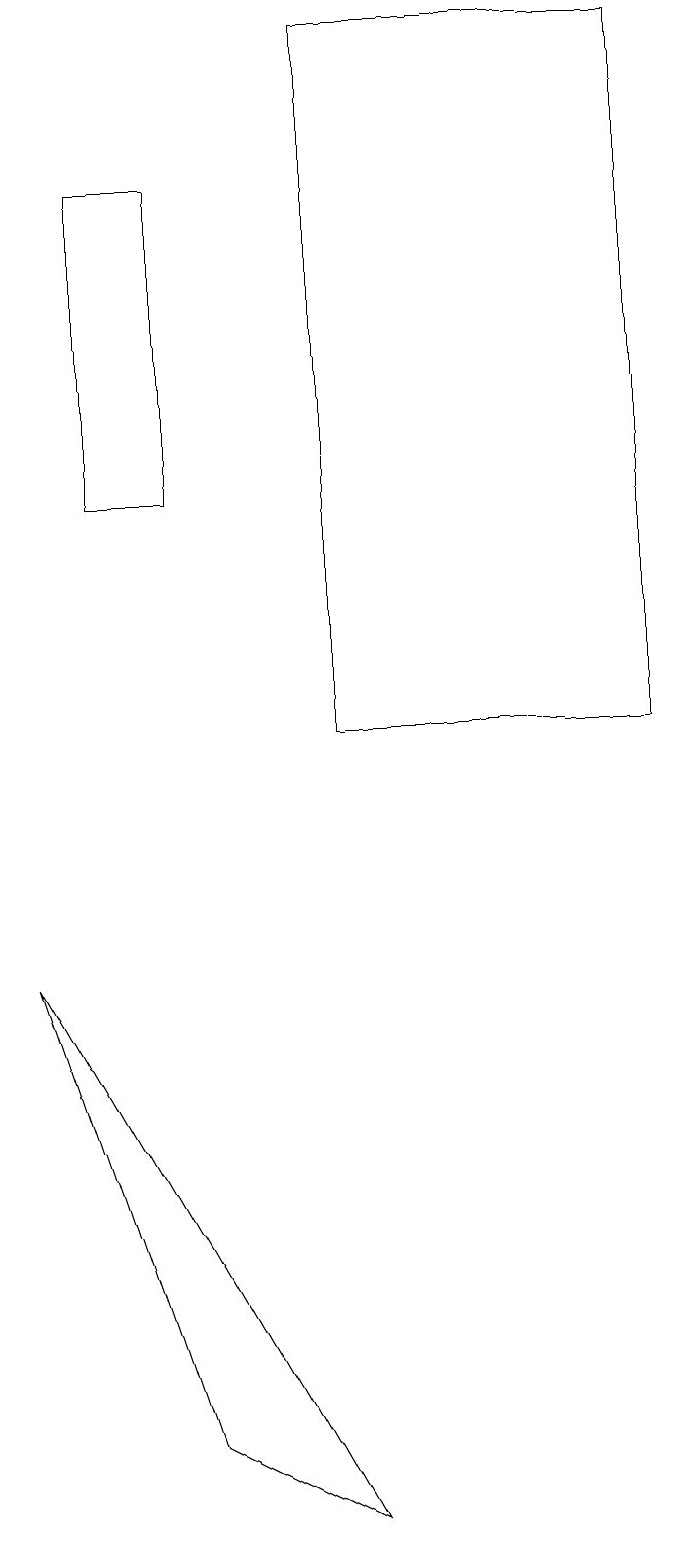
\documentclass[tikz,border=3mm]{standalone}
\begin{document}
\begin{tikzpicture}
\draw (9,10) rectangle (5,19);
\draw (3,1) -- (1,7) -- (5,0) -- cycle;
\draw (2,17) rectangle (3,13);
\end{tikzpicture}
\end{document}